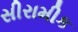
સીરામીક